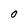
Character: O